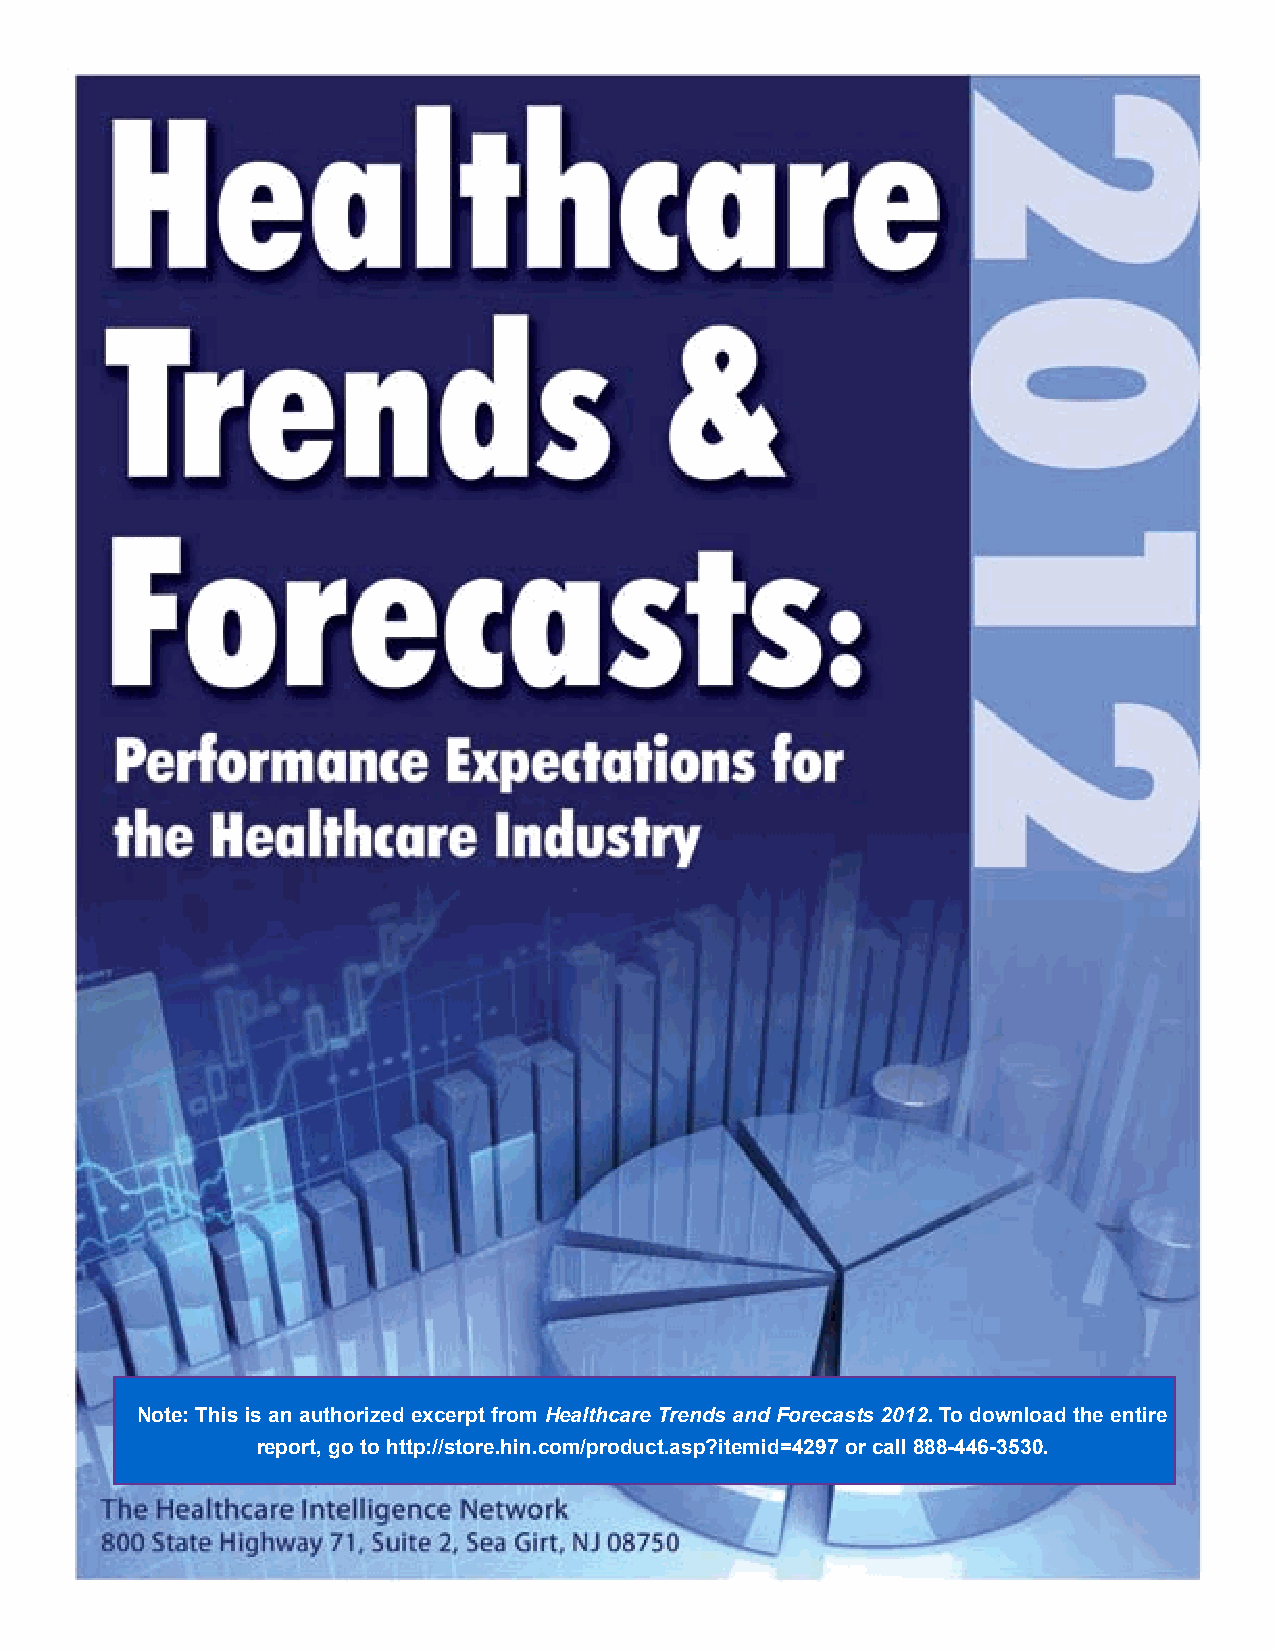
Note: This is an authorized excerpt from Healthcare Trends and Forecasts 2012. To download the entire
 report, go to http://store.hin.com/product.asp?itemid=4297 or call 888-446-3530.